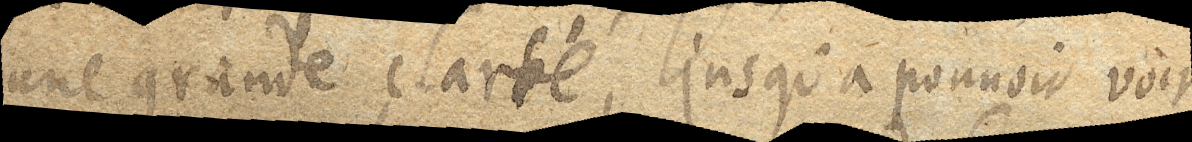
une grande clarté, jusqu’à pouuoir voir